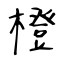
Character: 橙